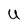
Character: U